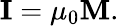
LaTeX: \mathbf{I}=\mu_{0}\mathbf{M}.